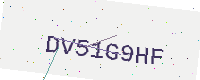
Text: DV51G9HF